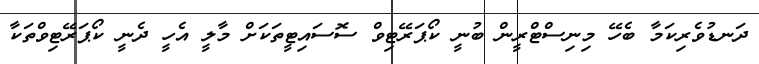
ދަނޑުވެރިކަމާ ބެހޭ މިނިސްޓްރީން ބުނީ ކޯޕަރޭޓިވް ސޮސައިޓީތަކަށް މާލީ އެހީ ދެނީ ކޯޕަރޭޓިވްތަކާ